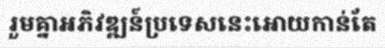
រួមគ្នាអភិវឌ្ឍន៍ប្រទេសនេះអោយកាន់តែ